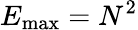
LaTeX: E_{\operatorname*{max}}=N^{2}